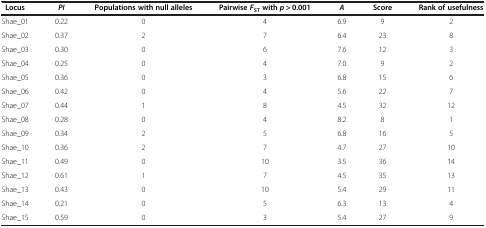
| Locus | PI | Populations with null alleles | Pairwise FST with p > 0.001 | A | Score | Rank of usefulness |
 | --- | --- | --- | --- | --- | --- | --- |
 | Shae_01 | 0.22 | 0 | 4 | 6.9 | 9 | 2 |
 | Shae_02 | 0.37 | 2 | 7 | 6.4 | 23 | 8 |
 | Shae_03 | 0.30 | 0 | 6 | 7.6 | 12 | 3 |
 | Shae_04 | 0.25 | 0 | 4 | 7.0 | 9 | 2 |
 | Shae_05 | 0.36 | 0 | 3 | 6.8 | 15 | 6 |
 | Shae_06 | 0.42 | 0 | 4 | 5.6 | 22 | 7 |
 | Shae_07 | 0.44 | 1 | 8 | 4.5 | 32 | 12 |
 | Shae_08 | 0.28 | 0 | 4 | 8.2 | 8 | 1 |
 | Shae_09 | 0.34 | 2 | 5 | 6.8 | 16 | 5 |
 | Shae_10 | 0.36 | 2 | 7 | 4.7 | 27 | 10 |
 | Shae_11 | 0.49 | 0 | 10 | 3.5 | 36 | 14 |
 | Shae_12 | 0.61 | 1 | 7 | 4.5 | 35 | 13 |
 | Shae_13 | 0.43 | 0 | 10 | 5.4 | 29 | 11 |
 | Shae_14 | 0.21 | 0 | 5 | 6.3 | 13 | 4 |
 | Shae_15 | 0.59 | 0 | 3 | 5.4 | 27 | 9 |